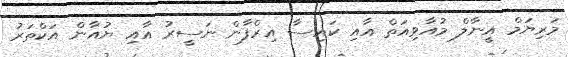
މަރިޔަމް އީނާލް މުއާވިއަތް އާއި ކައިސާ އިރްފާން ނަސީރު އާއި ޔުއާން އަކްތަރު